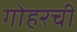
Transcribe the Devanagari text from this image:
गोहरची